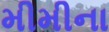
મીમીના